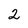
Character: 2